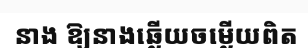
នាង ឱ្យនាងឆ្លើយចម្លើយពិត